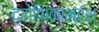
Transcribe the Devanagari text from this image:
द्रोणिकाभ्रंश